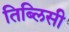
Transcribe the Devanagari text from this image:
तिब्लिसी